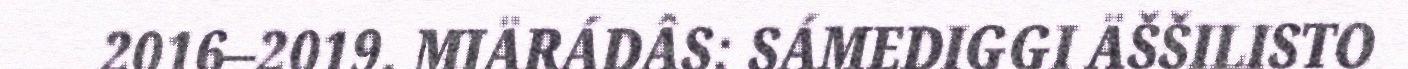
2016–2019. MIÄRÁDÂS: SÁMEDIGGI ÄŠŠILISTO